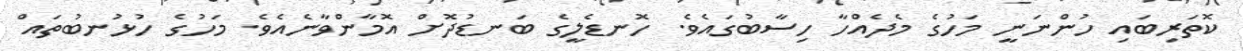
ކޮތަރިބައި ހުންނަނީ މަހުގެ މެދެއްހާ ހިސާބުގައެވެ. ހޮނޑެލީގެ ބަނޑުދޮށް އޮމާންވާނެއެވެ. މަހުގެ ހުޅުނބުތައް